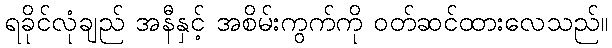
ရခိုင်လုံချည် အနီနှင့် အစိမ်းကွက်ကို ဝတ်ဆင်ထားလေသည်။